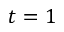
t = 1